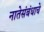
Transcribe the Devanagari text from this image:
नातेसंबंधाचे